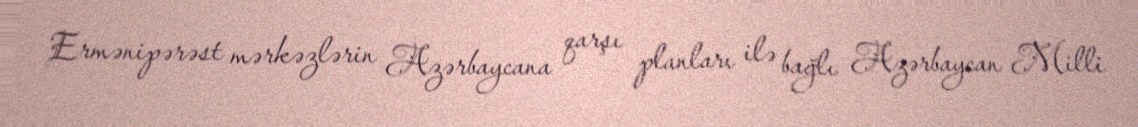
Ermənipərəst mərkəzlərin Azərbaycana qarşı planları ilə bağlı Azərbaycan Milli